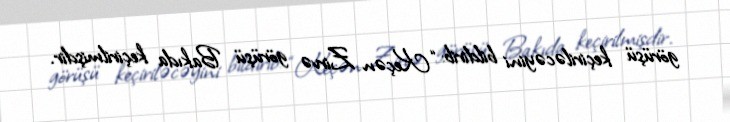
görüşü keçiriləcəyini bildirib: “Keçən Zirvə görüşü Bakıda keçirilmişdir.